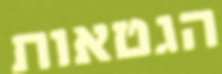
הגטאות